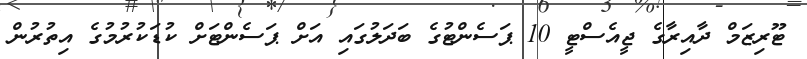
ޓޫރިޒަމް ދާއިރާގެ ޖީއެސްޓީ 10 ޕަސެންޓުގެ ބަދަލުގައި އަށް ޕަސެންޓަށް ކުޑަކުރުމުގެ އިތުރުން